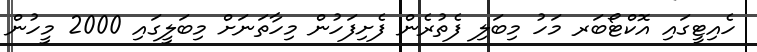
ހެއިޓީގައި އޮކްޓޯބަރ މަހު މިބަލި ފެތުރެން ފެށިފަހުން މިހާތަނަށް މިބަލީގައި 2000 މީހުން